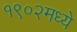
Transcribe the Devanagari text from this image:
१९०२मध्ये